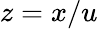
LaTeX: z=x/u